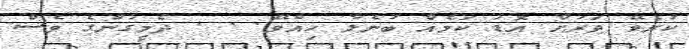
ކުރެވޭ ވަރަށް އޮޑު ކަމެއް ބުނެލާ ހިއްވޭ. . . ދެމީގުންގެ ވެސް